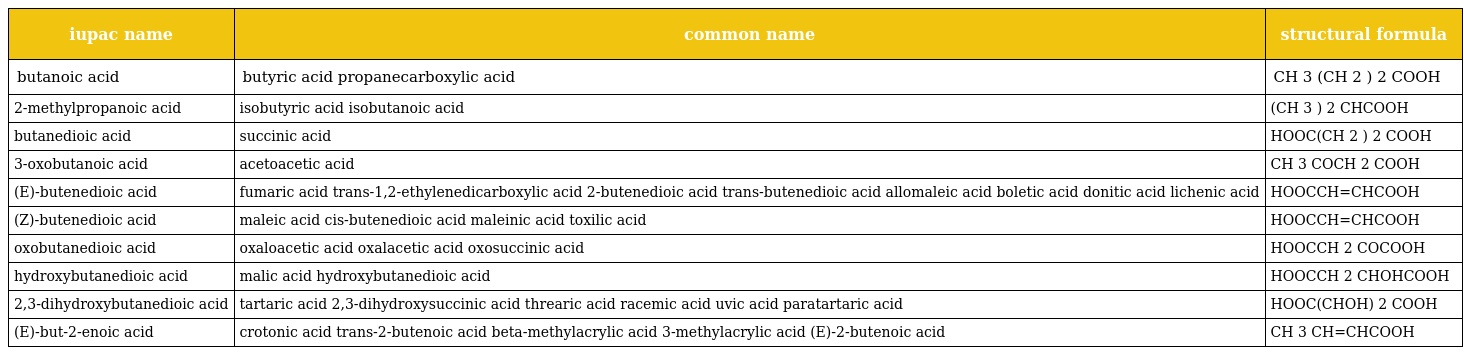
| iupac name | common name | structural formula |
 | --- | --- | --- |
 | butanoic acid | butyric acid propanecarboxylic acid | CH 3 (CH 2 ) 2 COOH |
 | 2-methylpropanoic acid | isobutyric acid isobutanoic acid | (CH 3 ) 2 CHCOOH |
 | butanedioic acid | succinic acid | HOOC(CH 2 ) 2 COOH |
 | 3-oxobutanoic acid | acetoacetic acid | CH 3 COCH 2 COOH |
 | (E)-butenedioic acid | fumaric acid trans-1,2-ethylenedicarboxylic acid 2-butenedioic acid trans-butenedioic acid allomaleic acid boletic acid donitic acid lichenic acid | HOOCCH=CHCOOH |
 | (Z)-butenedioic acid | maleic acid cis-butenedioic acid maleinic acid toxilic acid | HOOCCH=CHCOOH |
 | oxobutanedioic acid | oxaloacetic acid oxalacetic acid oxosuccinic acid | HOOCCH 2 COCOOH |
 | hydroxybutanedioic acid | malic acid hydroxybutanedioic acid | HOOCCH 2 CHOHCOOH |
 | 2,3-dihydroxybutanedioic acid | tartaric acid 2,3-dihydroxysuccinic acid threaric acid racemic acid uvic acid paratartaric acid | HOOC(CHOH) 2 COOH |
 | (E)-but-2-enoic acid | crotonic acid trans-2-butenoic acid beta-methylacrylic acid 3-methylacrylic acid (E)-2-butenoic acid | CH 3 CH=CHCOOH |